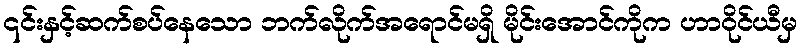
၎င်းနှင့်ဆက်စပ်နေသော ဘက်လိုက်အရောင်မရှိ မိုင်းအောင်ကိုက ဟာဝိုင်ယီမှ